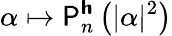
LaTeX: \alpha\mapsto\mathsf{P}_{n}^{\boldsymbol{\mathsf{h}}}\left(\vert\alpha\vert^{2}\right)